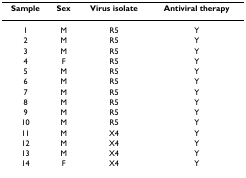
<table><thead><tr><td><b>Sample</b></td><td><b>Sex</b></td><td><b>Virus isolate</b></td><td><b>Antiviral therapy</b></td></tr></thead><tbody><tr><td>1</td><td>M</td><td>R5</td><td>Y</td></tr><tr><td>2</td><td>M</td><td>R5</td><td>Y</td></tr><tr><td>3</td><td>M</td><td>R5</td><td>Y</td></tr><tr><td>4</td><td>F</td><td>R5</td><td>Y</td></tr><tr><td>5</td><td>M</td><td>R5</td><td>Y</td></tr><tr><td>6</td><td>M</td><td>R5</td><td>Y</td></tr><tr><td>7</td><td>M</td><td>R5</td><td>Y</td></tr><tr><td>8</td><td>M</td><td>R5</td><td>Y</td></tr><tr><td>9</td><td>M</td><td>R5</td><td>Y</td></tr><tr><td>10</td><td>M</td><td>R5</td><td>Y</td></tr><tr><td>11</td><td>M</td><td>X4</td><td>Y</td></tr><tr><td>12</td><td>M</td><td>X4</td><td>Y</td></tr><tr><td>13</td><td>M</td><td>X4</td><td>Y</td></tr><tr><td>14</td><td>F</td><td>X4</td><td>Y</td></tr></tbody></table>